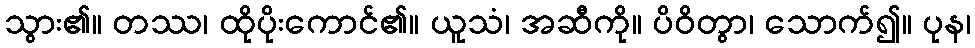
သွား၏။ တဿ၊ ထိုပိုးကောင်၏။ ယူသံ၊ အဆီကို။ ပိဝိတွာ၊ သောက်၍။ ပုန၊